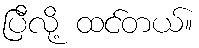
ပြီလို့ ထင်တယ်။